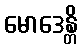
မောဒေန္တိ